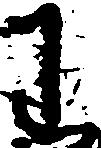
わ